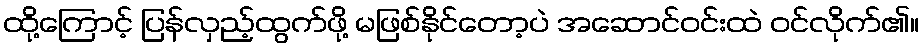
ထို့ကြောင့် ပြန်လှည့်ထွက်ဖို့ မဖြစ်နိုင်တော့ပဲ အဆောင်ဝင်းထဲ ဝင်လိုက်၏။